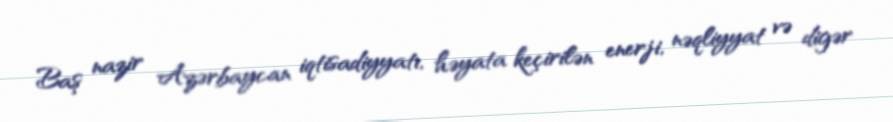
Baş nazir Azərbaycan iqtisadiyyatı, həyata keçirilən enerji, nəqliyyat və digər